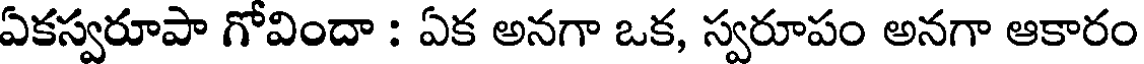
ఏకస్వరూపా గోవిందా : ఏక అనగా ఒక, స్వరూపం అనగా ఆకారం